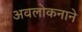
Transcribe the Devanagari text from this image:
अवलोकनाने